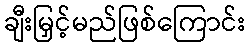
ချီးမြှင့်မည်ဖြစ်ကြောင်း